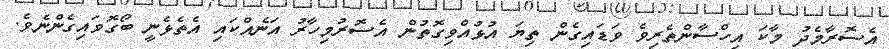
އެސޮރާމެދު މާކަ އިހްސާންތެރިވެ ވަޑައިގެން ތިޔަ އުޅުއްވިގޮތުން އެސޮރުމިހާރު އަނެއްކައި އެތެޅެނީ ބޯގޮވައިގެންނެވެ.